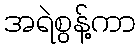
အရဲစွန့်ကာ